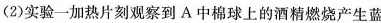
(2)实验一加热片刻观察到A中棉球上的酒精燃烧产生蓝